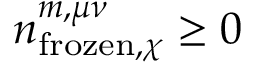
n _ { \mathrm { f r o z e n } , \chi } ^ { m , \mu \nu } \geq 0